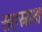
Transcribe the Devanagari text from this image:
सहस्राक्षं